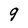
Character: q